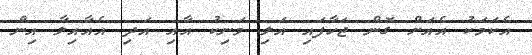
އެކަމަކު އެއަށް ގޮން ޖަހާފައި އަލި މަނިކު އާއި އަދި އެއާއިލާ އިން